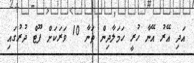
އަދި އޭރު އޭނާ ހުރީ ހަމަލާދިން ތަނާ 10 ވަރަކަށް ފޫޓް ދުރުގައި